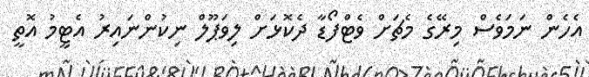
އެހެން ނަމަވެސް މިރޭގެ މެޗަށް ވެޓްފޯޑާ ދެކޮޅަށް ލިވަޕޫލް ނިކުންނައިރު އެޓީމު އޮތީ